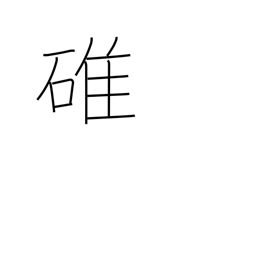
Meaning: pestle